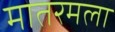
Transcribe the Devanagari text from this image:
मातरमला